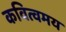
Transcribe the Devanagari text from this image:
कवित्वमय